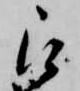
被